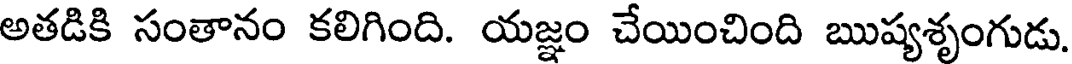
అతడికి సంతానం కలిగింది. యజ్ఞం చేయించింది ఋష్యశృంగుడు